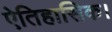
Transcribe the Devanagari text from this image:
ऐतिहासिक।